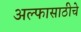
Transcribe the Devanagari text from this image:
अल्फासाठीचे